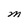
Character: M